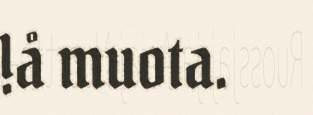
!å muota.